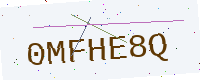
Text: 0MFHE8Q